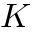
K